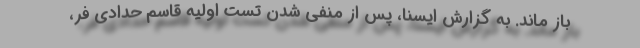
باز ماند. به گزارش ایسنا، پس از منفی شدن تست اولیه قاسم حدادی فر،